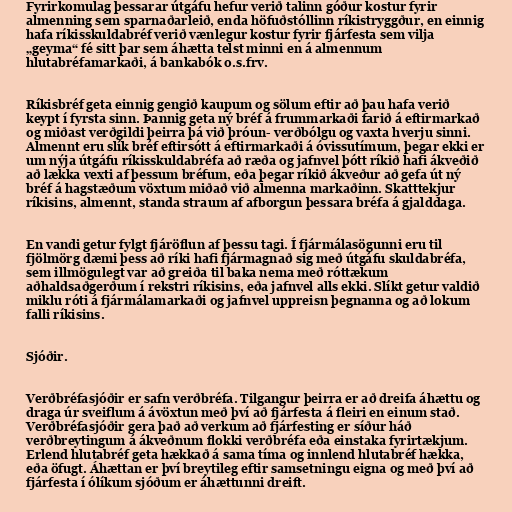
Fyrirkomulag þessarar útgáfu hefur verið talinn góður kostur fyrir
almenning sem sparnaðarleið, enda höfuðstóllinn ríkistryggður, en einnig
hafa ríkisskuldabréf verið vænlegur kostur fyrir fjárfesta sem vilja
„geyma“ fé sitt þar sem áhætta telst minni en á almennum
hlutabréfamarkaði, á bankabók o.s.frv.

Ríkisbréf geta einnig gengið kaupum og sölum eftir að þau hafa verið
keypt í fyrsta sinn. Þannig geta ný bréf á frummarkaði farið á eftirmarkað
og miðast verðgildi þeirra þá við þróun- verðbólgu og vaxta hverju sinni.
Almennt eru slík bréf eftirsótt á eftirmarkaði á óvissutímum, þegar ekki er
um nýja útgáfu ríkisskuldabréfa að ræða og jafnvel þótt ríkið hafi ákveðið
að lækka vexti af þessum bréfum, eða þegar ríkið ákveður að gefa út ný
bréf á hagstæðum vöxtum miðað við almenna markaðinn. Skatttekjur
ríkisins, almennt, standa straum af afborgun þessara bréfa á gjalddaga.

En vandi getur fylgt fjáröflun af þessu tagi. Í fjármálasögunni eru til
fjölmörg dæmi þess að ríki hafi fjármagnað sig með útgáfu skuldabréfa,
sem illmögulegt var að greiða til baka nema með róttækum
aðhaldsaðgerðum í rekstri ríkisins, eða jafnvel alls ekki. Slíkt getur valdið
miklu róti á fjármálamarkaði og jafnvel uppreisn þegnanna og að lokum
falli ríkisins.

Sjóðir.

Verðbréfasjóðir er safn verðbréfa. Tilgangur þeirra er að dreifa áhættu og
draga úr sveiflum á ávöxtun með því að fjárfesta á fleiri en einum stað.
Verðbréfasjóðir gera það að verkum að fjárfesting er síður háð
verðbreytingum á ákveðnum flokki verðbréfa eða einstaka fyrirtækjum.
Erlend hlutabréf geta hækkað á sama tíma og innlend hlutabréf hækka,
eða öfugt. Áhættan er því breytileg eftir samsetningu eigna og með því að
fjárfesta í ólíkum sjóðum er áhættunni dreift.